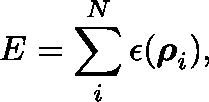
E = \sum _ { i } ^ { N } \epsilon ( \boldsymbol { \mathbf { \rho } } _ { i } ) ,